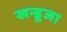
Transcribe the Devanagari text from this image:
खन्डूजा